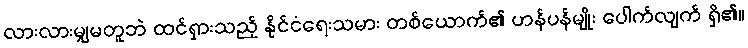
လားလားမျှမတူဘဲ ထင်ရှားသည့် နိုင်ငံရေးသမား တစ်ယောက်၏ ဟန်ပန်မျိုး ပေါက်လျက် ရှိ၏။